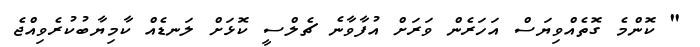
" ކޮންމެ ގޮތެއްވިޔަސް އަހަރެން ވަރަށް އުފާވާނެ ޗެލްސީ ކޮޅަށް ލަނޑެއް ކާމިޔާބުކުރެވިއްޖެ